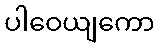
ပါဝေယျကော